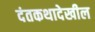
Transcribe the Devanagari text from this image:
दंतकथादेखील